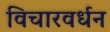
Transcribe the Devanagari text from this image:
विचारवर्धन